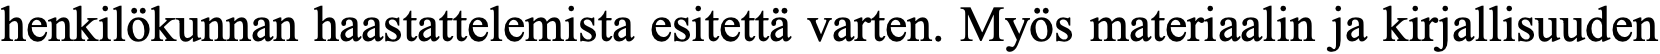
henkilökunnan haastattelemista esitettä varten. Myös materiaalin ja kirjallisuuden